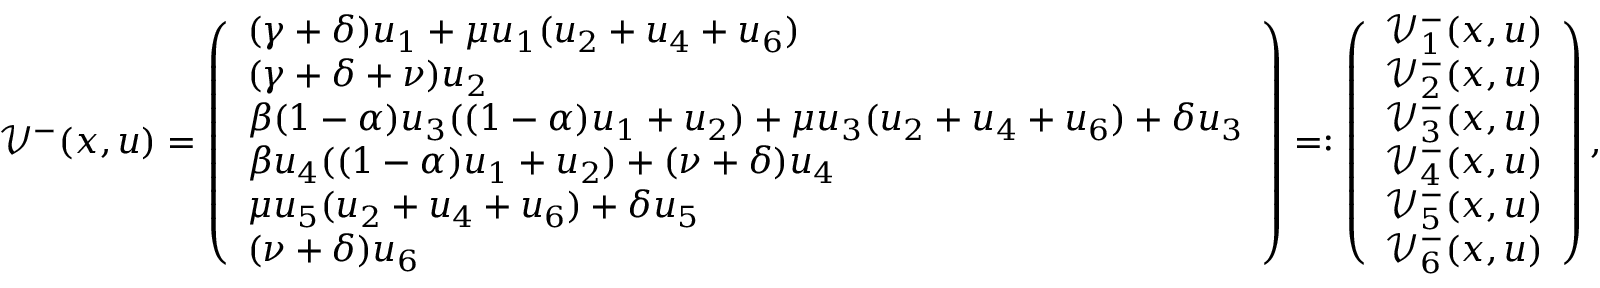
\mathcal V ^ { - } ( x , u ) = \left( \begin{array} { l } { ( \gamma + \delta ) u _ { 1 } + \mu u _ { 1 } ( u _ { 2 } + u _ { 4 } + u _ { 6 } ) } \\ { ( \gamma + \delta + \nu ) u _ { 2 } } \\ { \beta ( 1 - \alpha ) u _ { 3 } ( ( 1 - \alpha ) u _ { 1 } + u _ { 2 } ) + \mu u _ { 3 } ( u _ { 2 } + u _ { 4 } + u _ { 6 } ) + \delta u _ { 3 } } \\ { \beta u _ { 4 } ( ( 1 - \alpha ) u _ { 1 } + u _ { 2 } ) + ( \nu + \delta ) u _ { 4 } } \\ { \mu u _ { 5 } ( u _ { 2 } + u _ { 4 } + u _ { 6 } ) + \delta u _ { 5 } } \\ { ( \nu + \delta ) u _ { 6 } } \end{array} \right) = : \left( \begin{array} { l } { \mathcal V _ { 1 } ^ { - } ( x , u ) } \\ { \mathcal V _ { 2 } ^ { - } ( x , u ) } \\ { \mathcal V _ { 3 } ^ { - } ( x , u ) } \\ { \mathcal V _ { 4 } ^ { - } ( x , u ) } \\ { \mathcal V _ { 5 } ^ { - } ( x , u ) } \\ { \mathcal V _ { 6 } ^ { - } ( x , u ) } \end{array} \right) ,